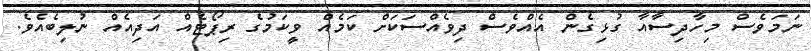
ނަމަވެސް މިހާދިސާއާ ގުޅިގެން އެއްވެސް ދިވެއްސަކަށް ކަމެއް ވީކަމުގެ ރިޕޯޓެއް އަދިއެއް ނުލިބެއެވެ.